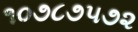
૧૦૭૮૭૫૭૨